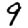
Digit: 9